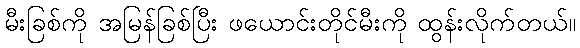
မီးခြစ်ကို အမြန်ခြစ်ပြီး ဖယောင်းတိုင်မီးကို ထွန်းလိုက်တယ်။